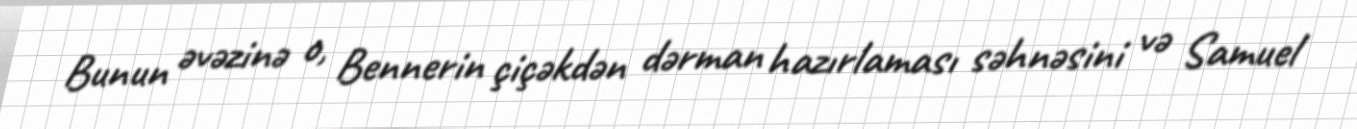
Bunun əvəzinə o, Bennerin çiçəkdən dərman hazırlaması səhnəsini və Samuel